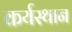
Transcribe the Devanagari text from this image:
कर्यस्थान